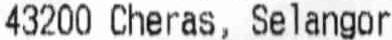
43200 CHERAS, SELANGOR